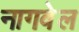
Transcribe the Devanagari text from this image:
नागवेल